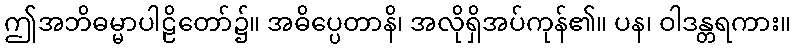
ဤအဘိဓမ္မာပါဠိတော်၌။ အဓိပ္ပေတာနိ၊ အလိုရှိအပ်ကုန်၏။ ပန၊ ဝါဒန္တရကား။